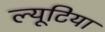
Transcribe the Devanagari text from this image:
ल्यूटिया